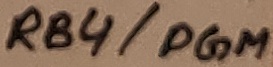
Text: RB4/PGM